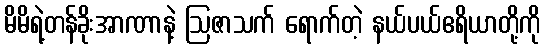
မိမိရဲ့တန်ခိုးအာဏာနဲ့ ဩဇာသက် ရောက်တဲ့ နယ်ပယ်ဧရိယာတို့ကို